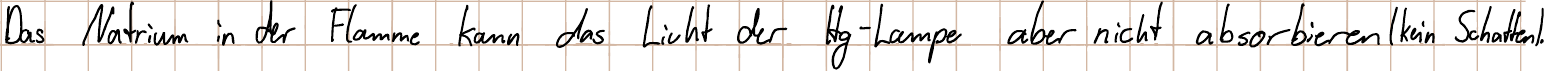
Das Natrium in der Flamme kann das Licht der Hg-Lampe aber nicht absorbieren (kein Schatten).